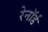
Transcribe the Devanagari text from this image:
रेनॉर्ड